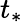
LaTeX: t_{*}